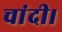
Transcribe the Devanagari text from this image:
चांदी।